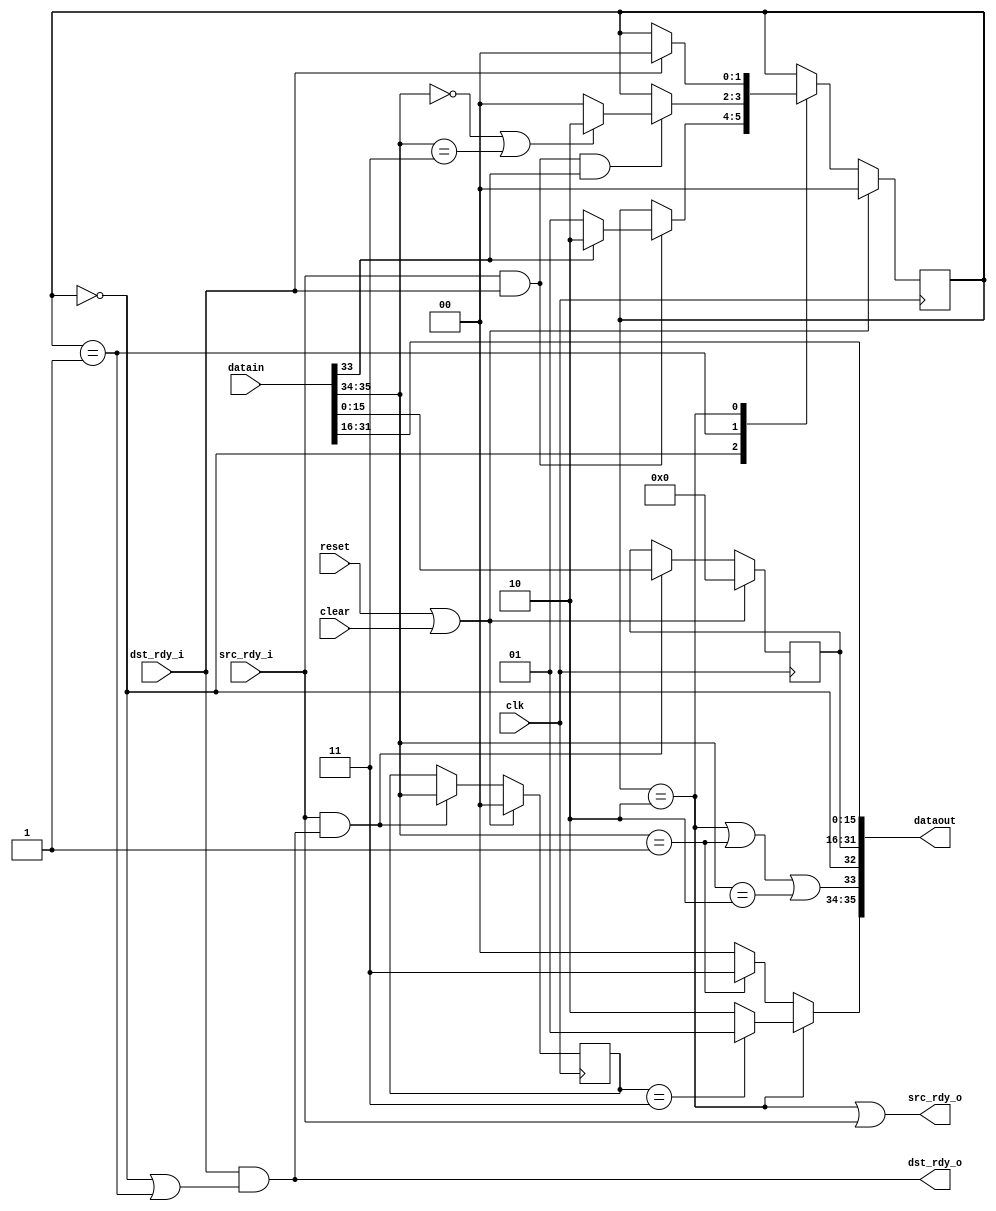
module ethrx_realign
   (input clk, input reset, input clear,
    input [35:0] datain, input src_rdy_i, output dst_rdy_o,
    output [35:0] dataout, output src_rdy_o, input dst_rdy_i);

   reg [1:0] 	  state;
   reg [15:0] 	  held;
   reg [1:0] 	  held_occ;
	  
   wire 	  xfer_in = src_rdy_i & dst_rdy_o;
   wire 	  xfer_out = src_rdy_o & dst_rdy_i;

   wire 	  sof_in = datain[32];
   wire 	  eof_in = datain[33];
   wire [1:0] 	  occ_in = datain[35:34];
   wire 	  sof_out, eof_out;
   wire [1:0] 	  occ_out;
      
   always @(posedge clk)
     if(reset | clear)
       begin
	  held <= 0;
	  held_occ <= 0;
       end
     else if(xfer_in)
       begin
	  held <= datain[15:0];
	  held_occ <= datain[35:34];
       end
   
   localparam RE_IDLE = 0;
   localparam RE_HELD = 1;
   localparam RE_DONE = 2;

   always @(posedge clk)
     if(reset | clear)
       state <= RE_IDLE;
     else
       case(state)
	 RE_IDLE :
	   if(src_rdy_i & dst_rdy_i)
	      if(eof_in)
		state <= RE_DONE;
	      else
		state <= RE_HELD;

	 RE_HELD :
	   if(src_rdy_i & dst_rdy_i & eof_in)
	     if((occ_in==0)|(occ_in==3))
	       state <= RE_DONE;
	     else
	       state <= RE_IDLE;

	 RE_DONE :
	   if(dst_rdy_i)
	     state <= RE_IDLE;
	 
       endcase // case (state)
   
   
   assign sof_out = (state == RE_IDLE);
   assign eof_out = (state == RE_DONE) | (occ_in == 1) | (occ_in == 2);
   assign occ_out = (state == RE_DONE) ? ((held_occ == 3) ? 1 : 2) :
		    (occ_in == 1) ? 3 : 0;
   		    
   assign dataout = {occ_out,eof_out,sof_out,held,datain[31:16]};
   assign src_rdy_o = (state == RE_DONE) | src_rdy_i;
   assign dst_rdy_o = dst_rdy_i & ((state == RE_IDLE)|(state == RE_HELD));
endmodule